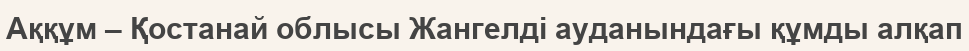
Аққұм – Қостанай облысы Жангелді ауданындағы құмды алқап